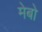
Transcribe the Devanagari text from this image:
मेबो